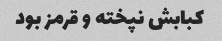
کبابش نپخته و قرمز بود